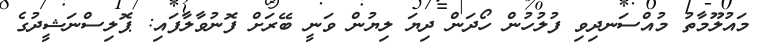
މައުލޫމާތު މުއްސަނދިވި ފުލުހުން ހޯދަން ދިޔަ ލިޔުން ވަނީ ބޭރަށް ފޮނުވާލާފައި: ޕޮލިސްނަޝީދުގެ